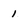
Character: 1